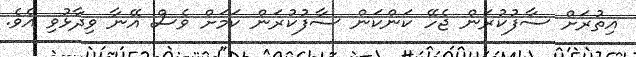
އިތުރަށް ސާފުކުރަން ޖެހޭ ކަންކަން ސާފުކުރަން ކަމަށް ވެސް އޭނާ ވިދާޅުވި އެވެ.